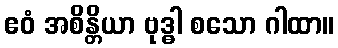
ဧဝံ အစိန္တိယာ ဗုဒ္ဓါ စသော ဂါထာ။